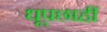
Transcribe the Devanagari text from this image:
धूपछाहीं